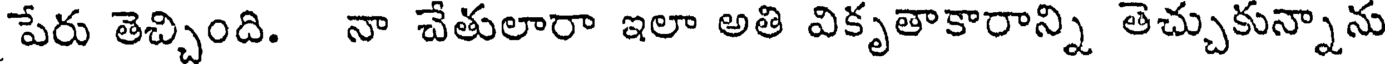
పేరు తెచ్చింది. నా చేతులారా ఇలా అతి వికృతాకారాన్ని తెచ్చుకున్నాను